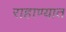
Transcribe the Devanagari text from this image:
राहाण्यात